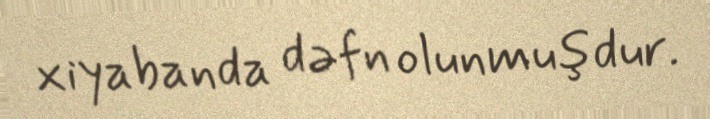
xiyabanda dəfn olunmuşdur.